Report on the administration of the Government Cinchona Department 1892-98
Year: 1892
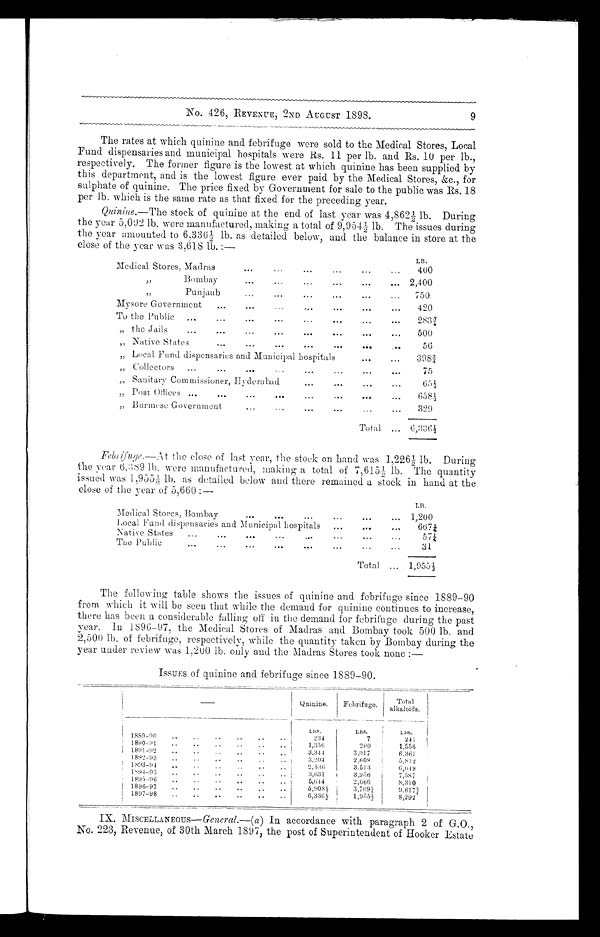
No. 426, REVENUE, 2ND AUGUST 1898.
The rates at which quinine and febrifuge were sold to the Medical Stores, Local
Fund dispensaries and municipal hospitals were Rs. 11 per lb. and Rs. 10 per lb.,
respectively. The former figure is the lowest at which quinine has been supplied by
this department, and is the lowest figure ever paid by the Medical Stores, &c., for
sulphate of quinine. The price fixed by Government for sale to the public was Rs. 18
per lb. which is the same rate as that fixed for the preceding year.
Quinine.— The stock of quinine at the end of last year was 4,862½ lb. During
the year 5,092 lb. were manufactured, making a total of 9,954½ lb. The issues during
the year amounted to 6.336½ lb. as detailed below, and the balance in store at the
close of the year was 3,618 lb. :—
LB.
Medical Stores, Madras
400
” Bo
mbay
2,400
” Punjaub
750
Mysore Government
420
To the Public
2 8 3 ¾
” the jails
500
Native States
56
„ Local Fund dispensaries and Municipal hospitals
3 9 8 ¾
„ Collectors
75
” Sanitary Commissioner, Hyderabad
6 5 ½
” Post Offices
6 5 8 ½
” Burmese Government.
329
Total
6, 336½
Febrifuge.— At the close of last year, the stock on hand was 1,226½ lb. During
the year 6,389 lb. were manufactured, making a total of 7,615½ lb. The quantity
issued was 1,955½ lb. as detailed below and there remained a stock in hand at the
close of the year of 5,660 :—
L B .
Medical Stores, Bombay
1,200
Local Fund dispensaries and Municipal hospitals
6 6 7 ¼
Native States
5 7 ¼
The Public
31
Total
1 , 9 5 5 ½
The following table shows the issues of quinine and febrifuge since 1889—90
from which it will be seen that while the demand for quinine continues to increase,
there has been a considerable falling off in the demand for febrifuge during the past
year. In 1896—97, the Medical Stores of Madras and Bombay took 500 lb. and
2,500 lb. of febrifuge, respectively, while the quantity taken by Bombay during the
year under review was 1,200 lb. only and the Madras Stores took none :—
ISSUES of quinine and febrifuge since 1889—90.
—
Quinine.
Febrifuge.
Total
alkaloids.
LBS.
LBS.
LBS.
1889-90
234
7
241
1890-91
1,356
200
1,556
1891-92
3,344
3,017
6,361
1892-93
3,204
2.608
5,812
1893-94
2,536
3.513
6,049
1894-95
3,631
3,956
7,587
1895-96
5,644
2,666
8,310
1896-97
5,908½
3,709¼
9, 617¾
1897-98
6,336½
1,955½
8,292
9
IX. MISCELLANEOUS— General.—( a ) In accordance with paragraph 2 of G.O.,
No. 223, Revenue, of 30th March 1897, the post of Superintendent of Hooker Estate